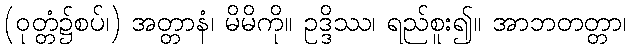
(ဝုတ္တံ၌စပ်၊) အတ္တာနံ၊ မိမိကို။ ဥဒ္ဒိဿ၊ ရည်စူး၍။ အာဘတတ္တာ၊